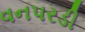
વનપરડી